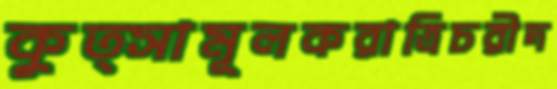
কুত্সামূলকরাত্রিচরীদ